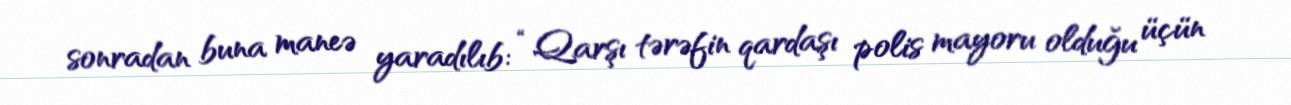
sonradan buna maneə yaradılıb: “Qarşı tərəfin qardaşı polis mayoru olduğu üçün